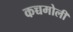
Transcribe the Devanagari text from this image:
कच्चमोली